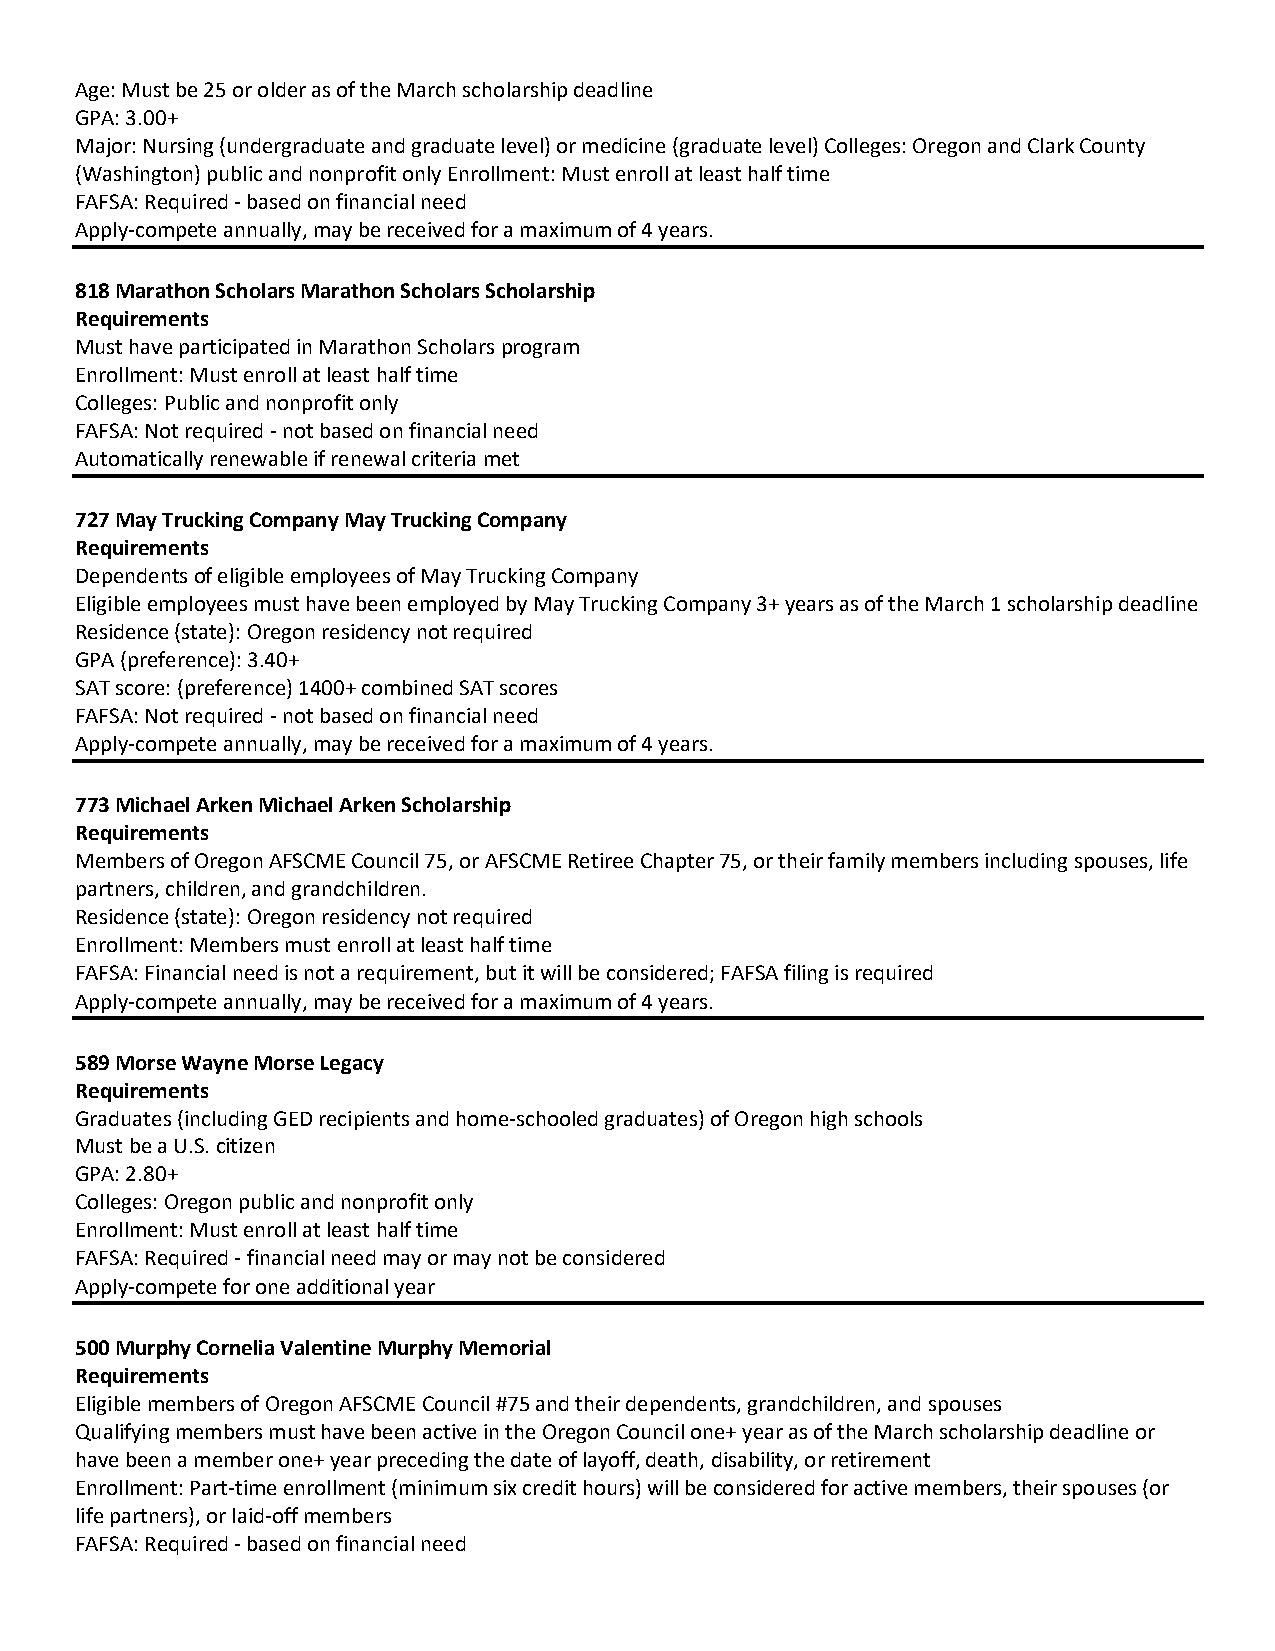
Age: Must be 25 or older as of the March scholarship deadline
 GPA: 3.00+
 Major: Nursing (undergraduate and graduate level) or medicine (graduate level) Colleges: Oregon and Clark County
 (Washington) public and nonprofit only Enrollment: Must enroll at least half time
 FAFSA: Required based on financial need
 Apply compete annually, may be received for a maximum of 4 years.
 818 Marathon Scholars Marathon Scholars Scholarship
 Requirements
 Must have participated in Marathon Scholars program
 Enrollment: Must enroll at least half time
 Colleges: Public and nonprofit only
 FAFSA: Not required not based on financial need
 Automatically renewable if renewal criteria met
 727 May Trucking Company May Trucking Company
 Requirements
 Dependents of eligible employees of May Trucking Company
 Eligible employees must have been employed by May Trucking Company 3+ years as of the March 1 scholarship deadline
 Residence (state): Oregon residency not required
 GPA (preference): 3.40+
 SAT score: (preference) 1400+ combined SAT scores
 FAFSA: Not required not based on financial need
 Apply compete annually, may be received for a maximum of 4 years.
 773 Michael Arken Michael Arken Scholarship
 Requirements
 Members of Oregon AFSCME Council 75, or AFSCME Retiree Chapter 75, or their family members including spouses, life
 partners, children, and grandchildren.
 Residence (state): Oregon residency not required
 Enrollment: Members must enroll at least half time
 FAFSA: Financial need is not a requirement, but it will be considered; FAFSA filing is required
 Apply compete annually, may be received for a maximum of 4 years.
 589 Morse Wayne Morse Legacy
 Requirements
 Graduates (including GED recipients and home schooled graduates) of Oregon high schools
 Must be a U.S. citizen
 GPA: 2.80+
 Colleges: Oregon public and nonprofit only
 Enrollment: Must enroll at least half time
 FAFSA: Required financial need may or may not be considered
 Apply compete for one additional year
 500 Murphy Cornelia Valentine Murphy Memorial
 Requirements
 Eligible members of Oregon AFSCME Council #75 and their dependents, grandchildren, and spouses
 Qualifying members must have been active in the Oregon Council one+ year as of the March scholarship deadline or
 have been a member one+ year preceding the date of layoff, death, disability, or retirement
 Enrollment: Part time enrollment (minimum six credit hours) will be considered for active members, their spouses (or
 life partners), or laid off members
 FAFSA: Required based on financial need